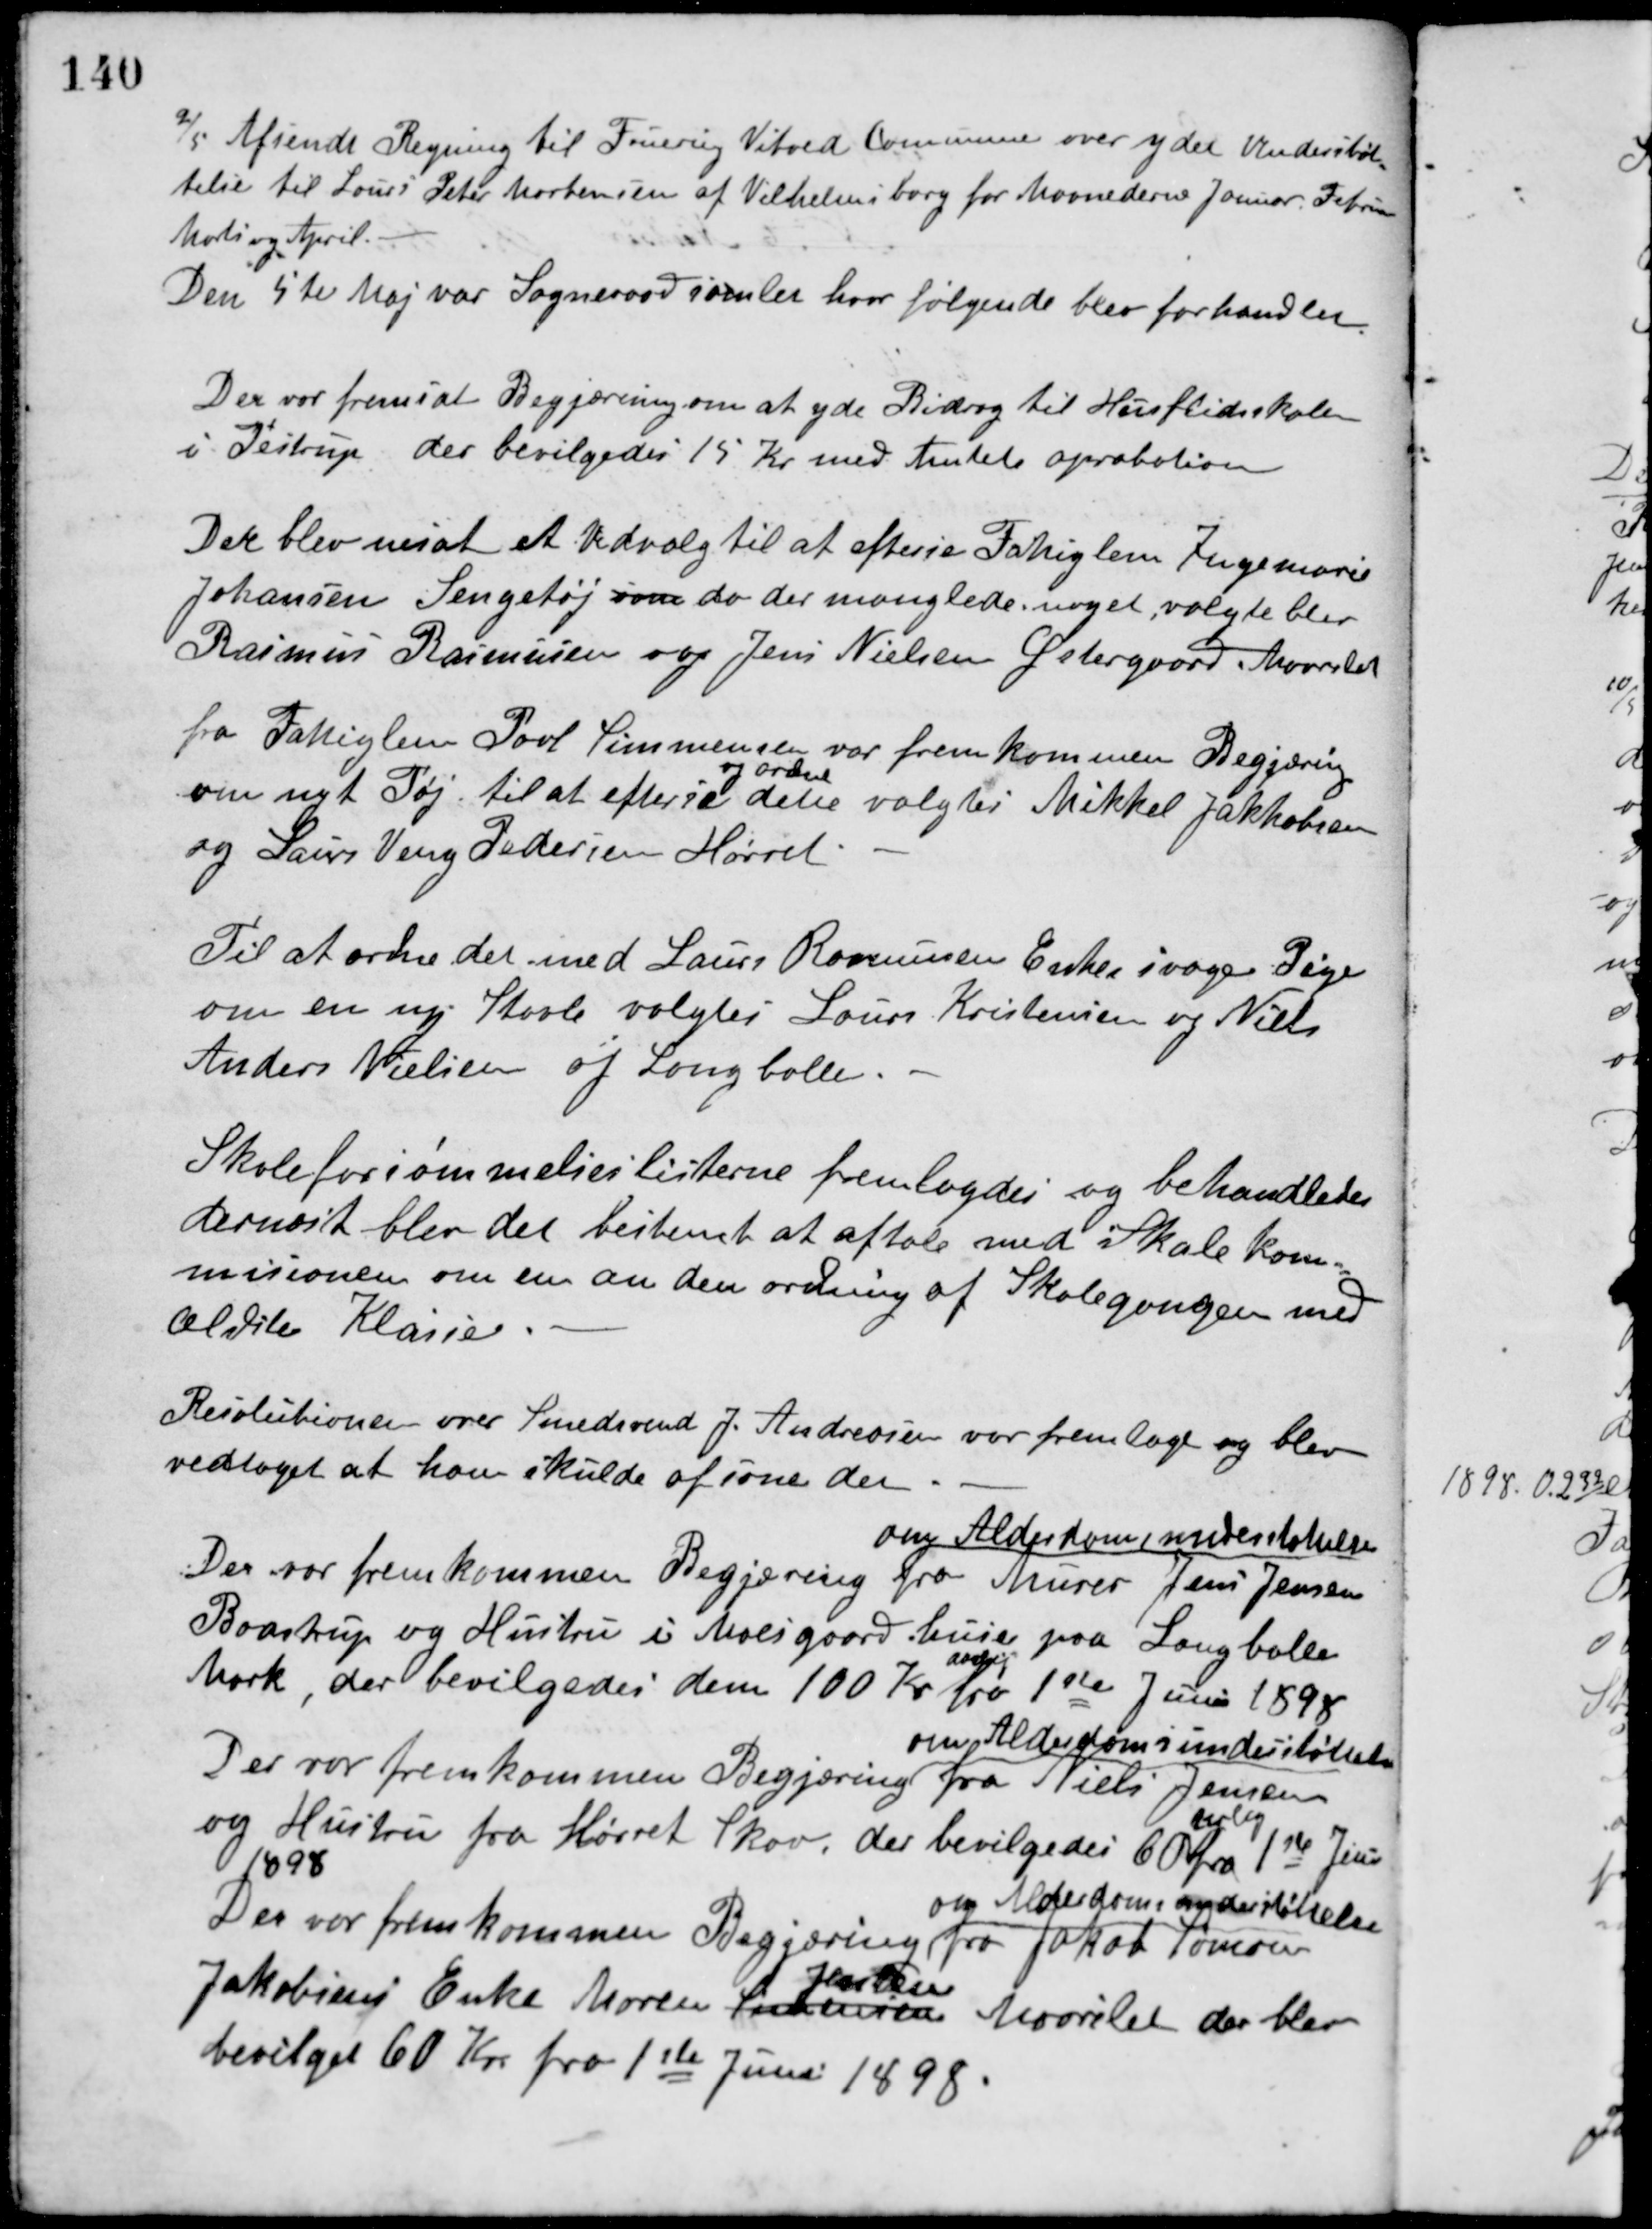
Transskription:
2/5 Afsendt Regning til Fruering Vitved Kommune over ydet Understøt-
telse til Louis Peter Mortensen af Vilhelmsborg for Maanederne Januar Februar,
Marts og April.
Den 5te Maj var Sogneraad samlet hvor følgende blev forhandlet.
Der var fremsat Begjæring om at yde Bidrag til Husflidsskolen
i Testrup, der bevilgedes 15 Kr. med Amtets aprobation.
Der blev nesat et Udvalg til at efterse Fattiglem Ingemarie
Johansen Sengetøj som da der manglede noget, valgte blev
Rasmus Rasmussen og Jens Nielsen Østergaard, Maarslet.
fra Fattiglem Poul Simmensen var fremkommen Begjæring
om nyt Tøj. til at efterse
og ordne
dette valgtes Mikkel Jakkobsen
og Laurs Veng Pedersen Hørret.
Til at ordne det med Laurs Rasmussens Enkes svage Pige
om en ny Stavle valgtes Laurs Kristensen og Niels
Anders Nielsen af Langballe.
Skoleforsømmelseslisterne fremlagdes og behandledes
dernæst blev det bestemt at aftale med Skolekom-
misionen om en anden ordning af Skolegangen med
ældste Klasse.
Resolutionen over Smedsvend J. Andreasen var fremlagt og blev
vedtaget at han skulde afsone den.
Der var fremkommen Begjæring
om Alderdomsunderstøttelse
fra Murer Jens Jensen
Baastrup og Hustru i Moesgaard huse paa Langballe
Mark, der bevilgedes dem 100 Kr.
aarlig
fra 1ste Juni 1898
Der var fremkommen Begjæring
om Alderdomsunderstøttelse
fra Niels Jensen
og Hustru fra Hørret Skov, der bevilgedes 60
aarlig
fra 1ste Juni
1898
Der var fremkommen Begjæring
om Alderdomsunderstøttelse
fra Jakob Sørensen
Jakobsens Enke Maren Sørensen
Jensen
Maarslet der blev
bevilget 60 Kr. fra 1ste Juni 1898.